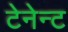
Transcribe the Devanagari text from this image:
टेनेन्ट